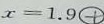
x = 1 . 9 \textcircled { + }